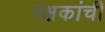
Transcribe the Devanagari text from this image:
रक्षकांची